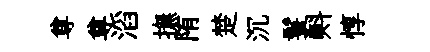
尊尊滔撫陏楚沉鬟㪺惇